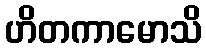
ဟိတကာမောသိ